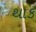
થાક